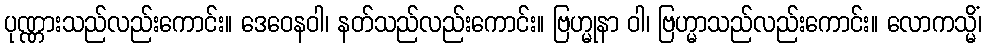
ပုဏ္ဏားသည်လည်းကောင်း။ ဒေဝေနဝါ၊ နတ်သည်လည်းကောင်း။ ဗြဟ္မုနာ ဝါ၊ ဗြဟ္မာသည်လည်းကောင်း။ လောကသ္မိံ၊